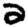
Digit: 2